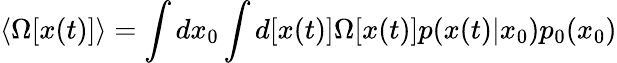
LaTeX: \langle\Omega[x(t)]\rangle=\int dx_{0}\int d[x(t)]\Omega[x(t)]p(x(t)|x_{0})p_{0}(x_{0})